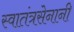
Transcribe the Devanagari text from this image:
स्वातंत्रसेनानी